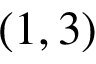
( 1 , 3 )